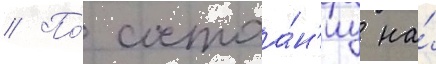
// По́ состоа́н'иу на́